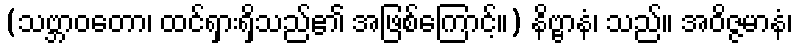
(သဗ္ဘာဝတော၊ ထင်ရှားရှိသည်၏ အဖြစ်ကြောင့်။) နိဗ္ဗာနံ၊ သည်။ အဝိဇ္ဇမာနံ၊